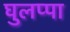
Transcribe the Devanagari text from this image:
घुलप्पा